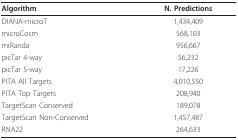
| Algorithm | N. Predictions |
 | --- | --- |
 | DIANA-microT | 1,434,409 |
 | microCosm | 568,103 |
 | miRanda | 956,667 |
 | picTar 4-way | 56,232 |
 | picTar 5-way | 17,226 |
 | PITA All Targets | 4,010,550 |
 | PITA Top Targets | 208,940 |
 | TargetScan Conserved | 189,078 |
 | TargetScan Non-Conserved | 1,457,487 |
 | RNA22 | 264,633 |